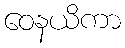
ဝေနယိကာ